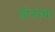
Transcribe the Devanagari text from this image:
तीनांचा